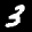
Label: 3